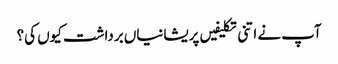
آپ نے اتنی تکلیفیں پریشانیاں برداشت کیوں کی؟